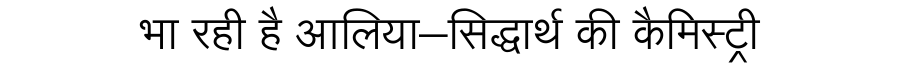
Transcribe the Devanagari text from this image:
भा रही है आलिया–सिद्धार्थ की कैमिस्ट्री